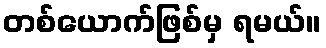
တစ်ယောက်ဖြစ်မှ ရမယ်။